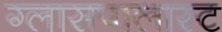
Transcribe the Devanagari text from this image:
ग्लासपालास्ट